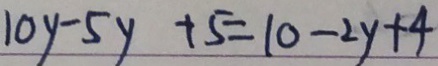
1 0 y - 5 y + 5 = 1 0 - 2 y + 4